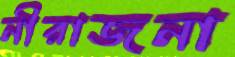
নীরাজনা